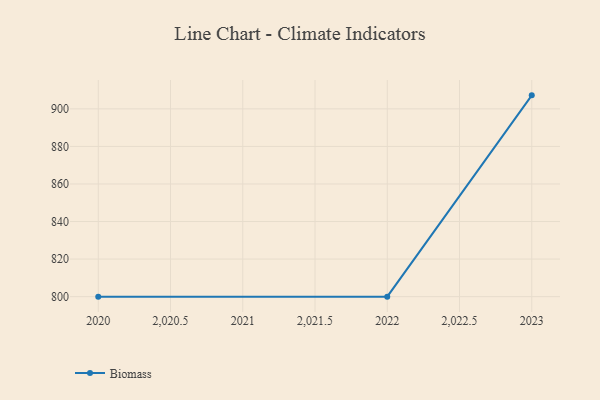
{"axis": {"x": "Year", "y": "Satisfaction Score"}, "legend": ["Biomass"], "data": [{"x": "2023", "y": 907.2, "type": "Biomass"}, {"x": "2022", "y": 800, "type": "Biomass"}, {"x": "2020", "y": 800, "type": "Biomass"}]}